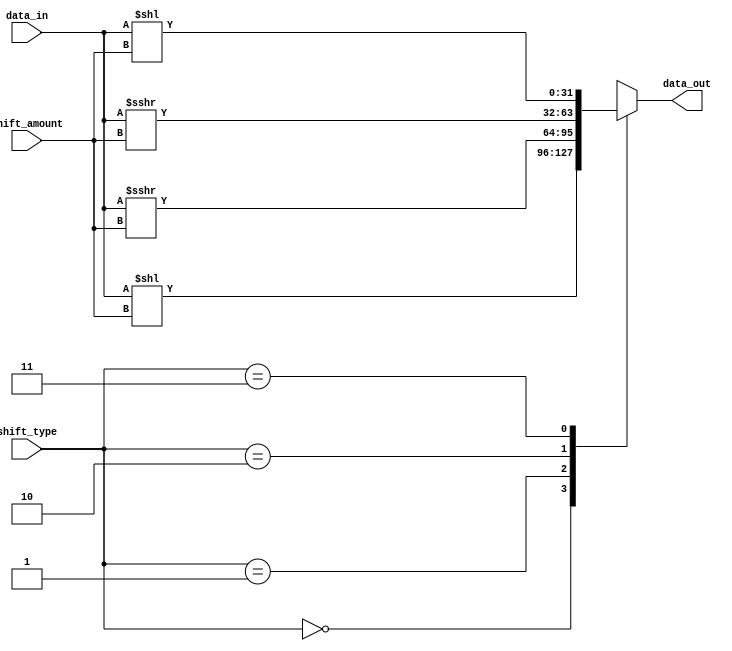
module BarrelShifter(
    input [31:0] data_in,
    input [4:0] shift_amount,
    input [1:0] shift_type,
    output reg [31:0] data_out
);

always @*
begin
    case(shift_type)
        2'b00: // Logical shift left
            data_out = data_in << shift_amount;
        2'b01: // Logical shift right
            data_out = data_in >>> shift_amount;
        2'b10: // Arithmetic shift right (with sign extension)
            data_out = $signed(data_in) >>> shift_amount;
        2'b11: // Arithmetic shift left (not common but included for completeness)
            data_out = $signed(data_in) << shift_amount;
        default: // No shift operation (pass through)
            data_out = data_in;
    endcase
end

endmodule